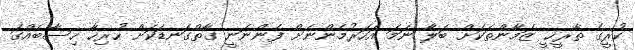
ކުރީގެ ތާރީޚީ ޒަމާންތަކަށް ބަލާ ނަމަ އަހަރުމެންނަށް ފެންނަނީ ގާތްގަނޑަކަށް ހުރިހާ ހިސާބެއްގަ